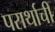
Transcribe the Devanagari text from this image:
परार्थाची